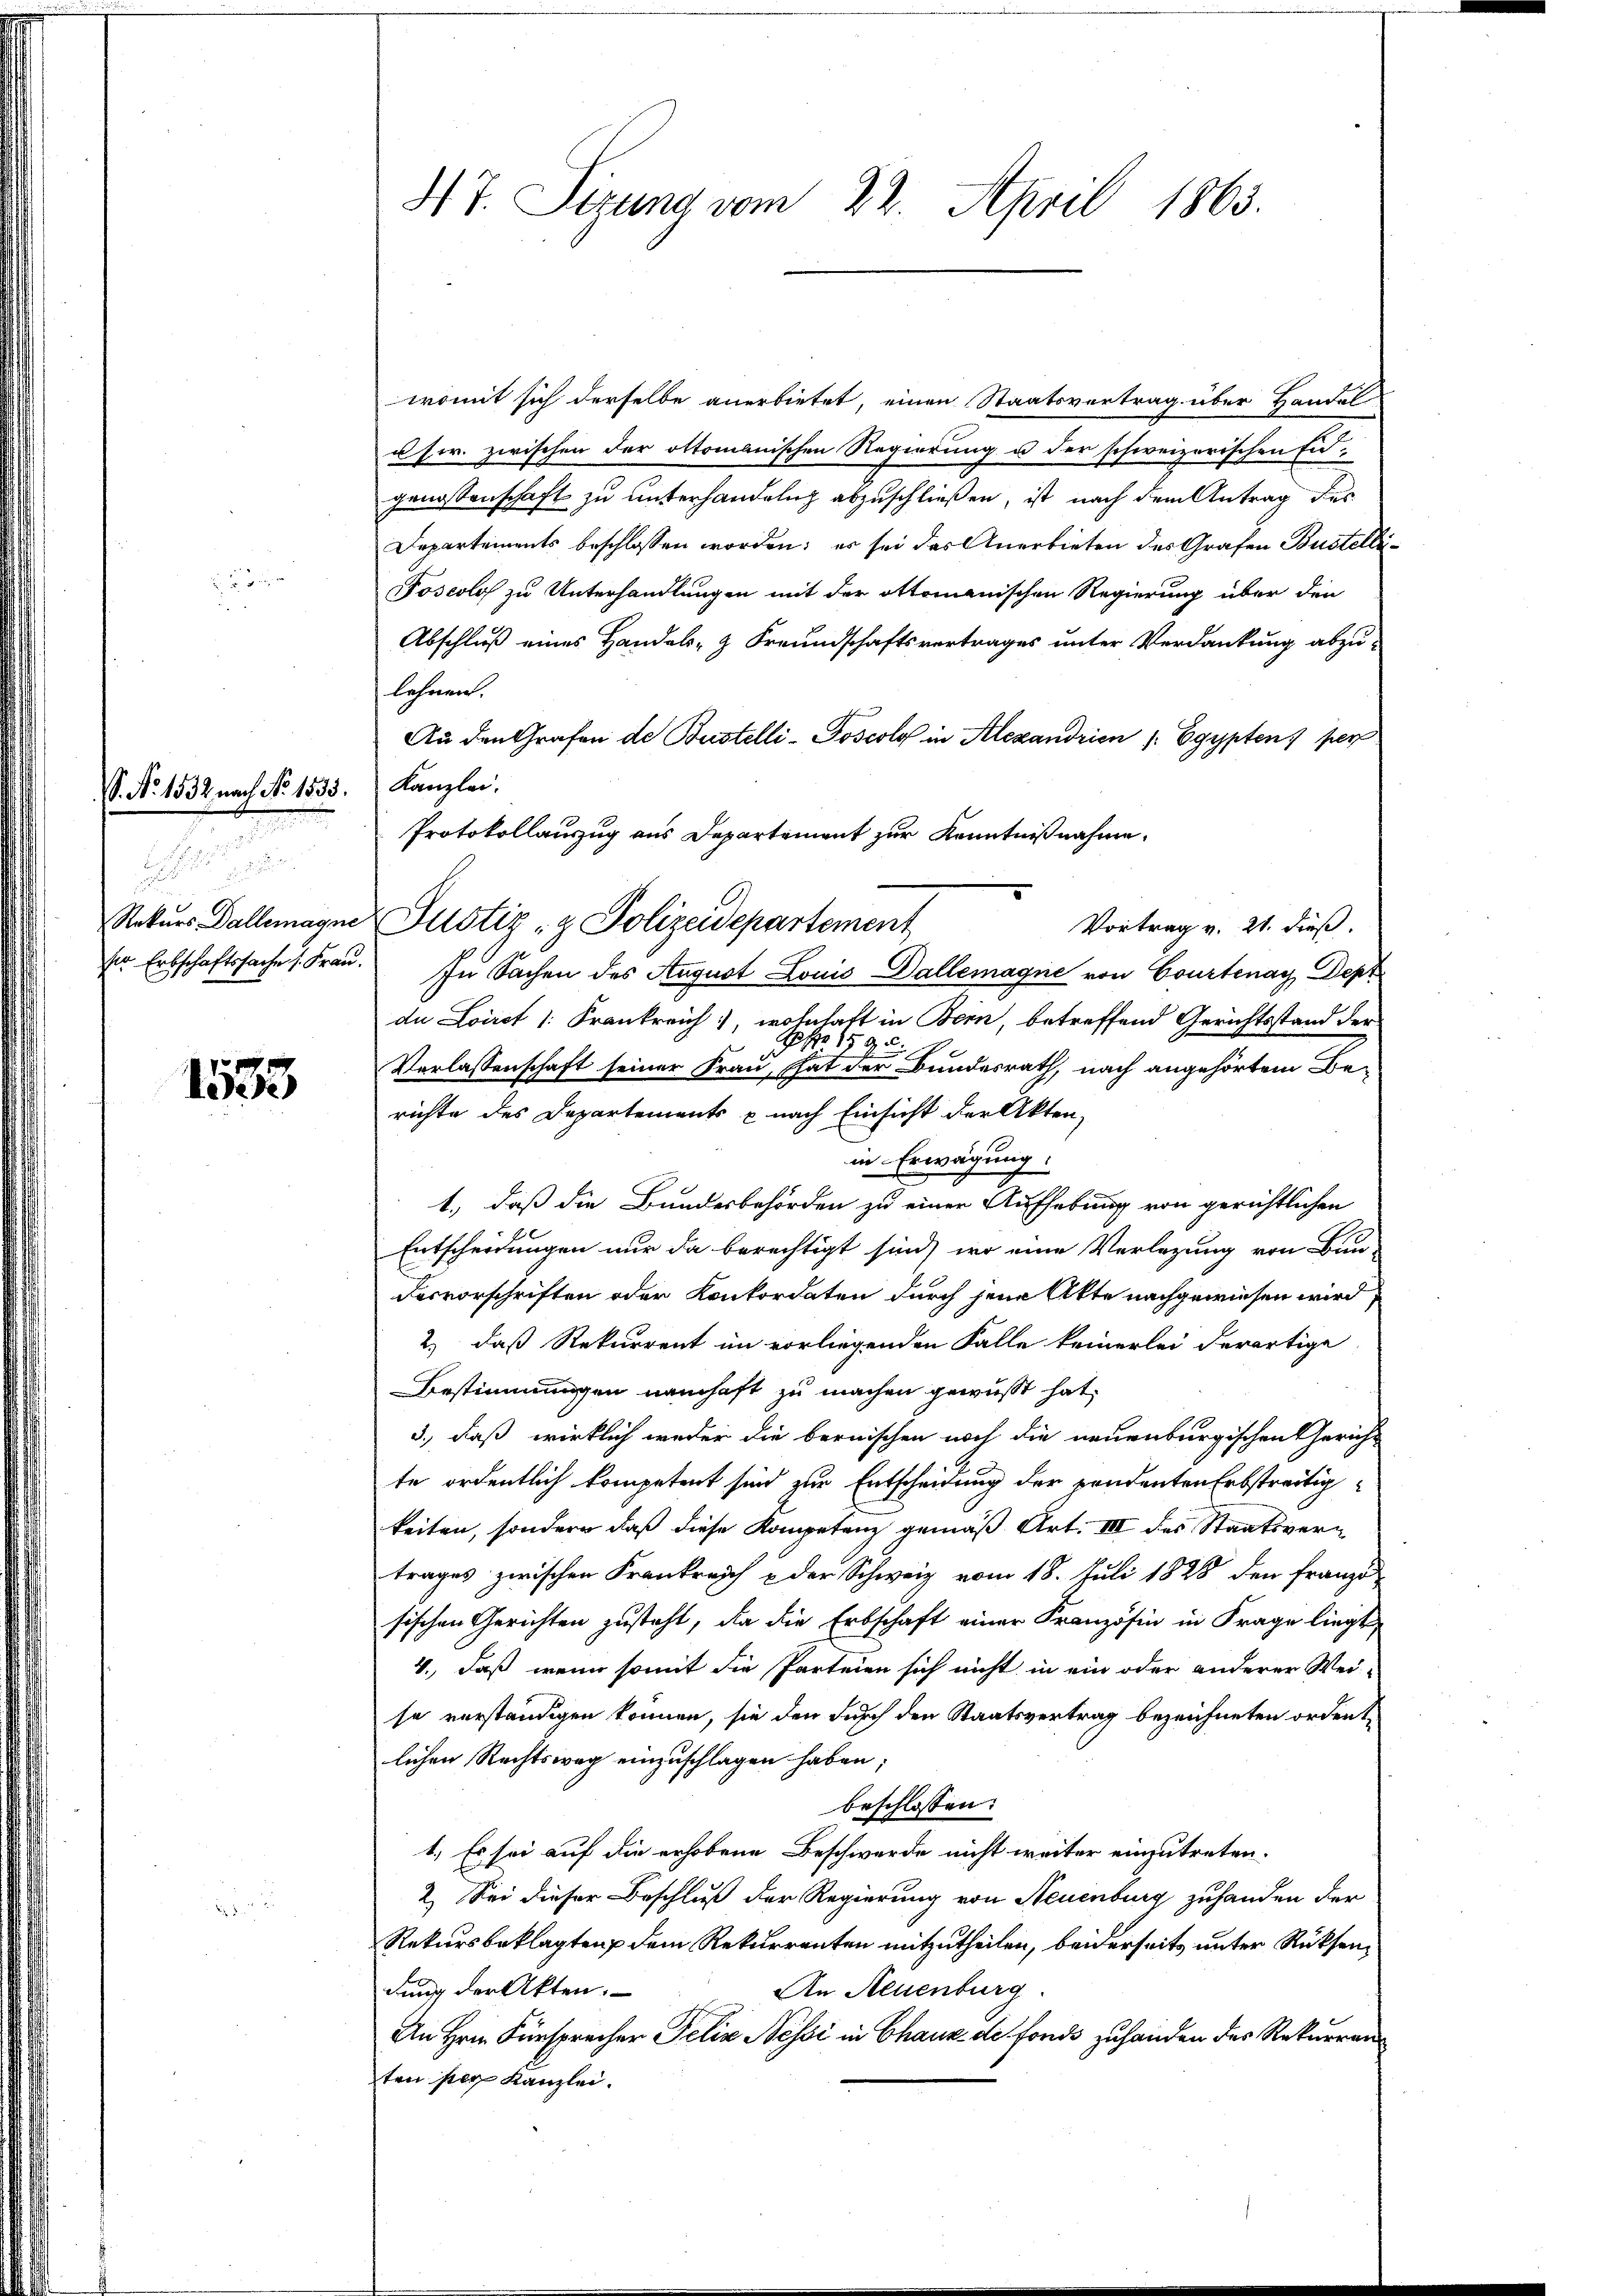
. No 1532 nach No 1533.

n

Rekurs allemagne
ser Erbschaftssache s. Fra

1533

HT. Sizung vom 22. April 1863.

womit sich derselbe anerbietet, einen Staatsvertrag über Handel-
usw. zwischen der ottomanischen Regierung u der schweizerischen Eidgenossenschaft zu unterhandeln abzuschließen, ist nach dem Antrag des
Departements beschlossen worden; es sei das Anerbieten des Grafen Bustelli¬
Poscolos zu Unterhandlungen mit der ottomanischen Regierung über den
Abschluß eines Handels- & Freundschaftsvertrages unter Verdankung abzulehnen.
An den Grafen de Bustelli-Poscolo in Alexandrien /: Egypten, per
Kanzlei.
Protokollauszug aus Departement zur Kenntnißnahme.
Justiz- & Polizeidepartement
In Sachen des August Louis Dallemagne von Courtenay, Dept
du Loiret /: Frankreich, wohnhaft in Bern, betreffend Gerichtsstand der
 159.
Verlassenschaft seiner Frau, That der Bundesrath, nach angehörtem Berichte des Departements & nach Einsicht der Akten,
in Erwägung.
1., daß die Bundesbehörden zu einer Aufhebung von gerichtlichen
Entscheidungen nur da berechtigt sind, wo eine Verlegung von Bun-
Fesvorschriften oder Konkordaten durch jene Akte nachgewiesen wird
2.) daß Rekurrent im vorliegenden Falle keinerlei derartige
Bestimmungen namhaft zu machen gewußt hat,
3., daß wirklich weder die bernischen noch die neuenburgischen Gericht
te ordentlich kompetent sind zur Entscheidung der pendenten Erbstreitig
keiten, sondern daß diese Kompetenz gemäß Art. III des Staatsvertrages zwischen Frankreich & der Schweiz vom 18. Juli 1828 den Französischen Gerichten zusteht, da die Erbschaft einer Französin in Frage liegt
4., daß wenn somit die Parteien sich nicht in ein oder anderer Wei-
so verständigen können, sie den Furch den Staatsvertrag bezeichneten ordente
lichen Rechtsweg einzuschlagen haben;
beschlossen:
1.) Es sei auf die erhobene Beschwerde nicht weiter einzutreten.
2.) Sei dieser Beschluß der Regierung von Neuenburg zuhanden der
Rekursbeklagten dem Rekurrenten mitzutheilen, beiderseits unter Rücksendung der Akten.
An Neuenburg
An Hrn. Fürsprecher Felix Nessi in Chaux de fonds zuhanden des Rekurren
ten der Kanzlei.

Vortrag v. 21. dieß.